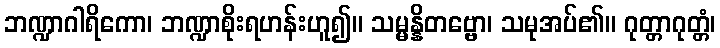
ဘဏ္ဍာဂါရိကော၊ ဘဏ္ဍာစိုးရဟန်းဟူ၍။ သမ္မန္နိတဗ္ဗော၊ သမုအပ်၏။ ဂုတ္တာဂုတ္တံ၊